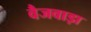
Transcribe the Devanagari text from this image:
वैजवाड़ा